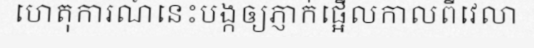
ហេតុការណ៍នេះបង្កឲ្យភ្ញាក់ផ្អើលកាលពីវេលា